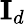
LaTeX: \mathbf{I}_{d}